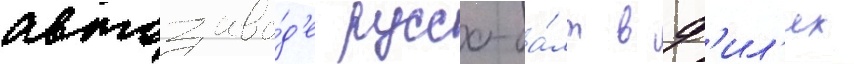
автозаво́д'е руссо-ба́лт в ф'ил'ях